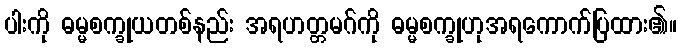
ပါးကို ဓမ္မစက္ခုယတစ်နည်း အရဟတ္တမဂ်ကို ဓမ္မစက္ခုဟုအရကောက်ပြထား၏။